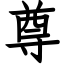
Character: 尊